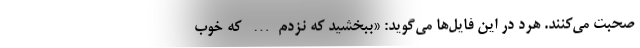
صحبت می‌کنند. هرد در این فایل‌ها می‌گوید: «ببخشید که نزدم… که خوب